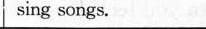
sing songs.